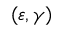
( \varepsilon , \gamma )